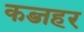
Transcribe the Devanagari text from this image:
कब्जहर